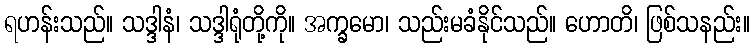
ရဟန်းသည်။ သဒ္ဒါနံ၊ သဒ္ဒါရုံတို့ကို။ အက္ခမော၊ သည်းမခံနိုင်သည်။ ဟောတိ၊ ဖြစ်သနည်း။